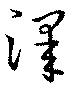
澤